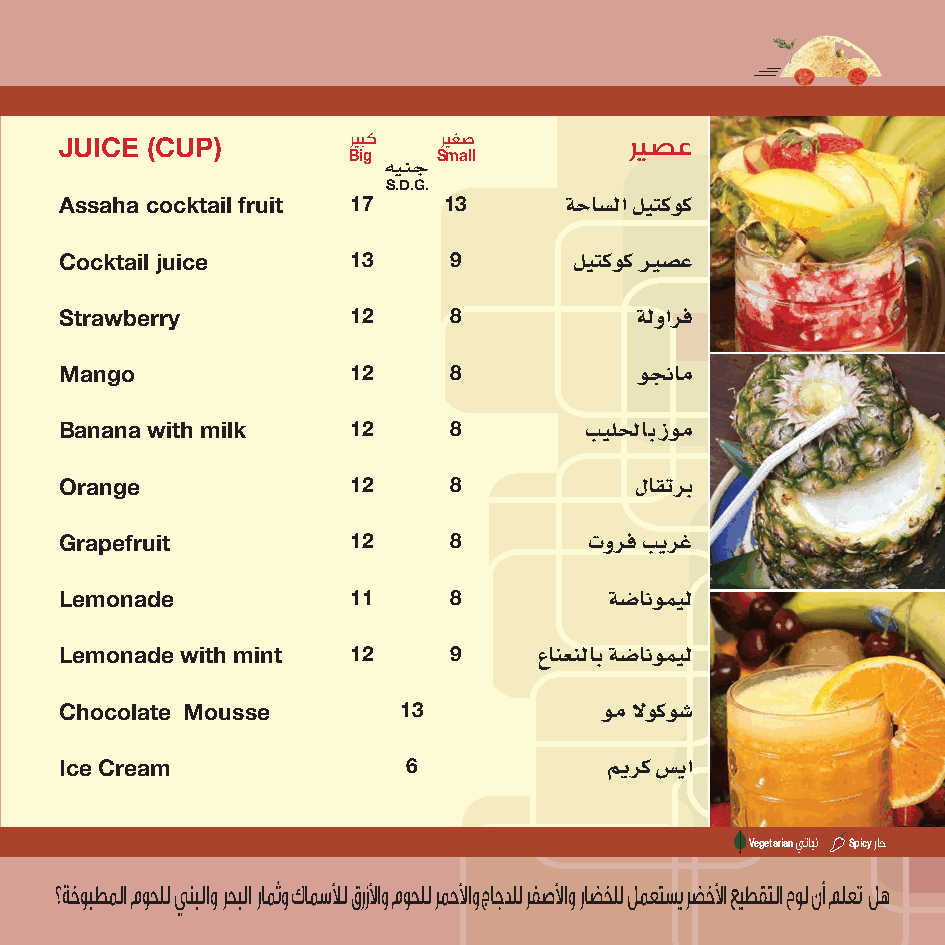
JUICE (CUP)        Bري iب gك
 هينج
 Sري mغ aص
 ll
 ريصع
 S.D.G.
 ةحاش�لا ليتكوك
 Assaha cocktail fruit 17 13
 ليتكوك يرش�ع
 Cocktail juice     13     9
 ةلوارف
 Strawberry         12     8
 ونجام
 Mango              12     8
 بيللحاب زوم
 Banana with milk   12     8
 لاقترب
 Orange             12     8
 تورف بيرغ
 Grapefruit         12     8
 ةش�انوميل
 Lemonade           11     8
 عانعنلاب ةش�انوميل
 Lemonade with mint 12     9
 وم لوكوش�
 Chocolate Mousse      13
 يمرك س�يا
 Ice Cream              6
 Vegetarianيتابن Spicyراح
 ؟ةخوبطملا موحلل ينبلاو رحبلا رامثو كامسلأل قرزلأاو موحلل رمحلأاو جاجدلل رفصلأاو راضخلل لمعتسي رضخلأا عيطقتلا حول نأ ملعت له